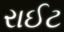
રાઈટ